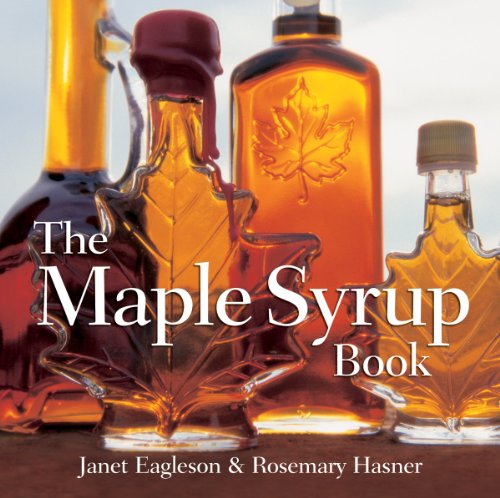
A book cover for The Maple Syrup Book; Janet Eagleson; Crafts, Hobbies & Home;